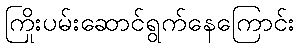
ကြိုးပမ်းဆောင်ရွက်နေကြောင်း